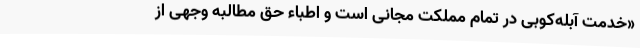
«خدمت آبله‌کوبی در تمام مملکت مجانی است و اطباء حق مطالبه وجهی از